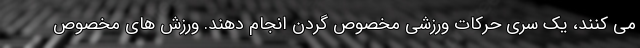
می کنند، یک سری حرکات ورزشی مخصوص گردن انجام دهند. ورزش های مخصوص